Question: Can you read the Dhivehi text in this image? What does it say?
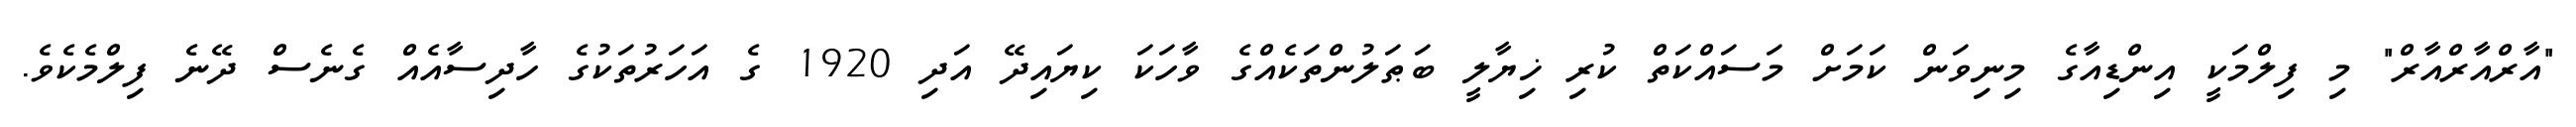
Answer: "އާރްއާރްއާރް" މި ފިލްމަކީ އިންޑިއާގެ މިނިވަން ކަމަށް މަސައްކަތް ކުރި ޚިޔާލީ ބަޠަލުންތަކެއްގެ ވާހަކަ ކިޔައިދޭ އަދި 1920 ގެ އަހަރުތަކުގެ ހާދިސާއެއް ގެނެސް ދޭނެ ފިލްމެކެވެ.